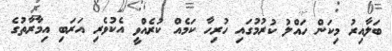
ބަލާއިރު މިކަން ހައްލު ކުރުމުގައި ހުރިހާ ކަމެއް ކުރެއްވީ އެކުވެރި އަރަބި އިމާރާތުގެ